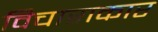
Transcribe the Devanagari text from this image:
विचाराकार